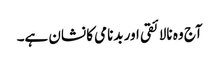
آج وہ نالائقی اور بدنامی کا نشان ہے۔